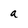
Character: a